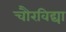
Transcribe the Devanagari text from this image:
चौरविद्या